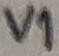
Text: V1